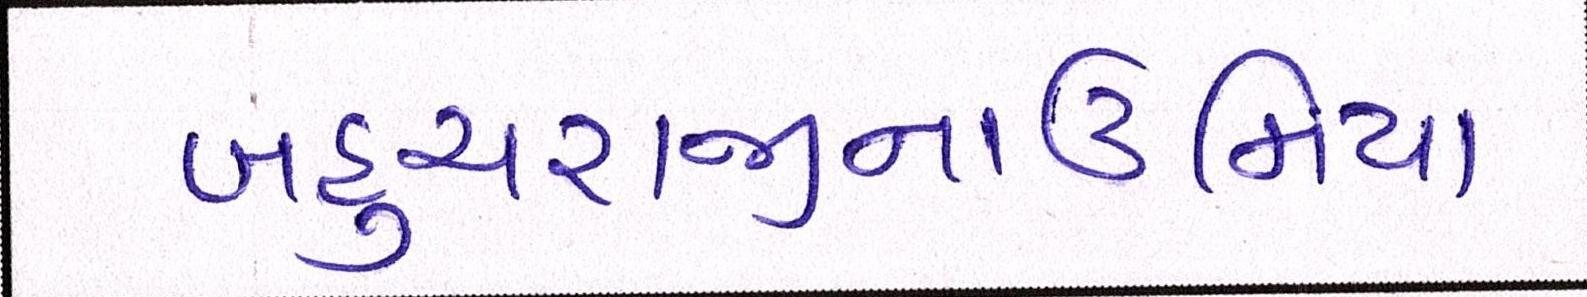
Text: બહુચરાજીનાઉમિયા